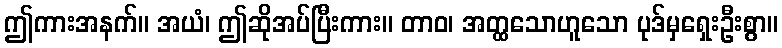
ဤကားအနက်။ အယံ၊ ဤဆိုအပ်ပြီးကား။ တာဝ၊ အတ္ထသောဟူသော ပုဒ်မှရှေးဦးစွာ။